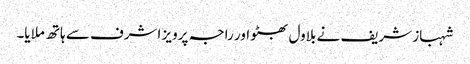
شہباز شریف نے بلاول بھٹو اور راجہ پرویز اشرف سے ہاتھ ملایا۔